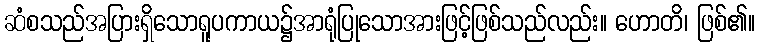
ဆံစသည်အပြားရှိသောရူပကာယ၌အာရုံပြုသောအားဖြင့်ဖြစ်သည်လည်း။ ဟောတိ၊ ဖြစ်၏။